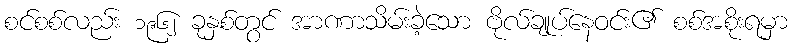
စင်စစ်လည်း ၁၉၆၂ ခုနှစ်တွင် အာဏာသိမ်းခဲ့သော ဗိုလ်ချုပ်နေဝင်း၏ စစ်အစိုးရမှာ